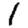
Digit: 1